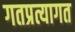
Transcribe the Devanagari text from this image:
गतप्रत्यागत